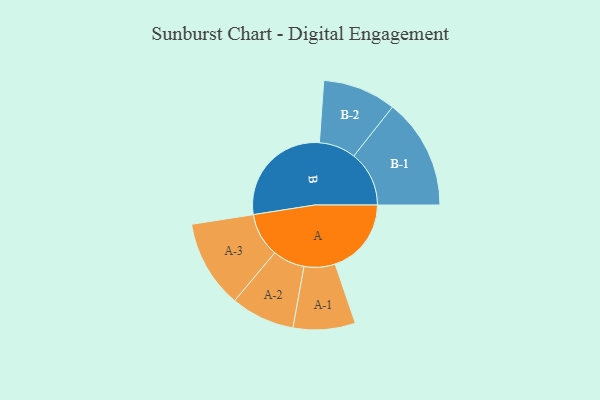
{"axis": {"x": "Segment", "y": "Value"}, "legend": ["", "A", "B"], "data": [{"x": "A", "y": 336, "type": ""}, {"x": "B", "y": 486, "type": ""}, {"x": "A-1", "y": 137, "type": "A"}, {"x": "A-2", "y": 141, "type": "A"}, {"x": "A-3", "y": 194, "type": "A"}, {"x": "B-1", "y": 244, "type": "B"}, {"x": "B-2", "y": 162, "type": "B"}]}